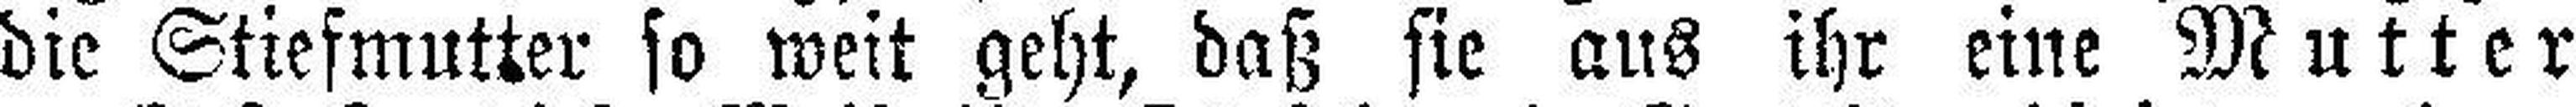
die Stiefmutter so weit geht, daß sie aus ihr eine Mutter